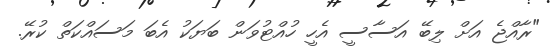
"ރާއްޖެ އަށް ލިބޭ އަސާސީ އެހީ ހުއްޓުވަން ބަޔަކު އެބަ މަސައްކަތް ކުރޭ.